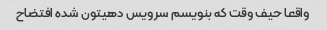
واقعا حیف وقت که بنویسم سرویس دهیتون شده افتضاح